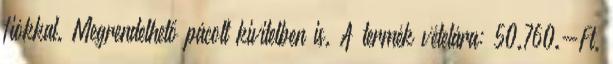
fiókkal. Megrendelhető pácolt kivitelben is. A termék vételára: 50.760.-Ft.